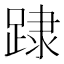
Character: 䠈